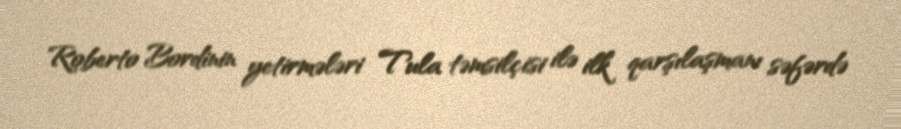
Roberto Bordinin yetirmələri Tula təmsilçisi ilə ilk qarşılaşmanı səfərdə